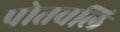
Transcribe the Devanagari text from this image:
पोतवलि